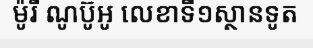
ម៉ូរី ណូប៊ូអូ លេខាទី១ស្ថានទូត